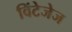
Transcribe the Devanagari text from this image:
विंटेजेज